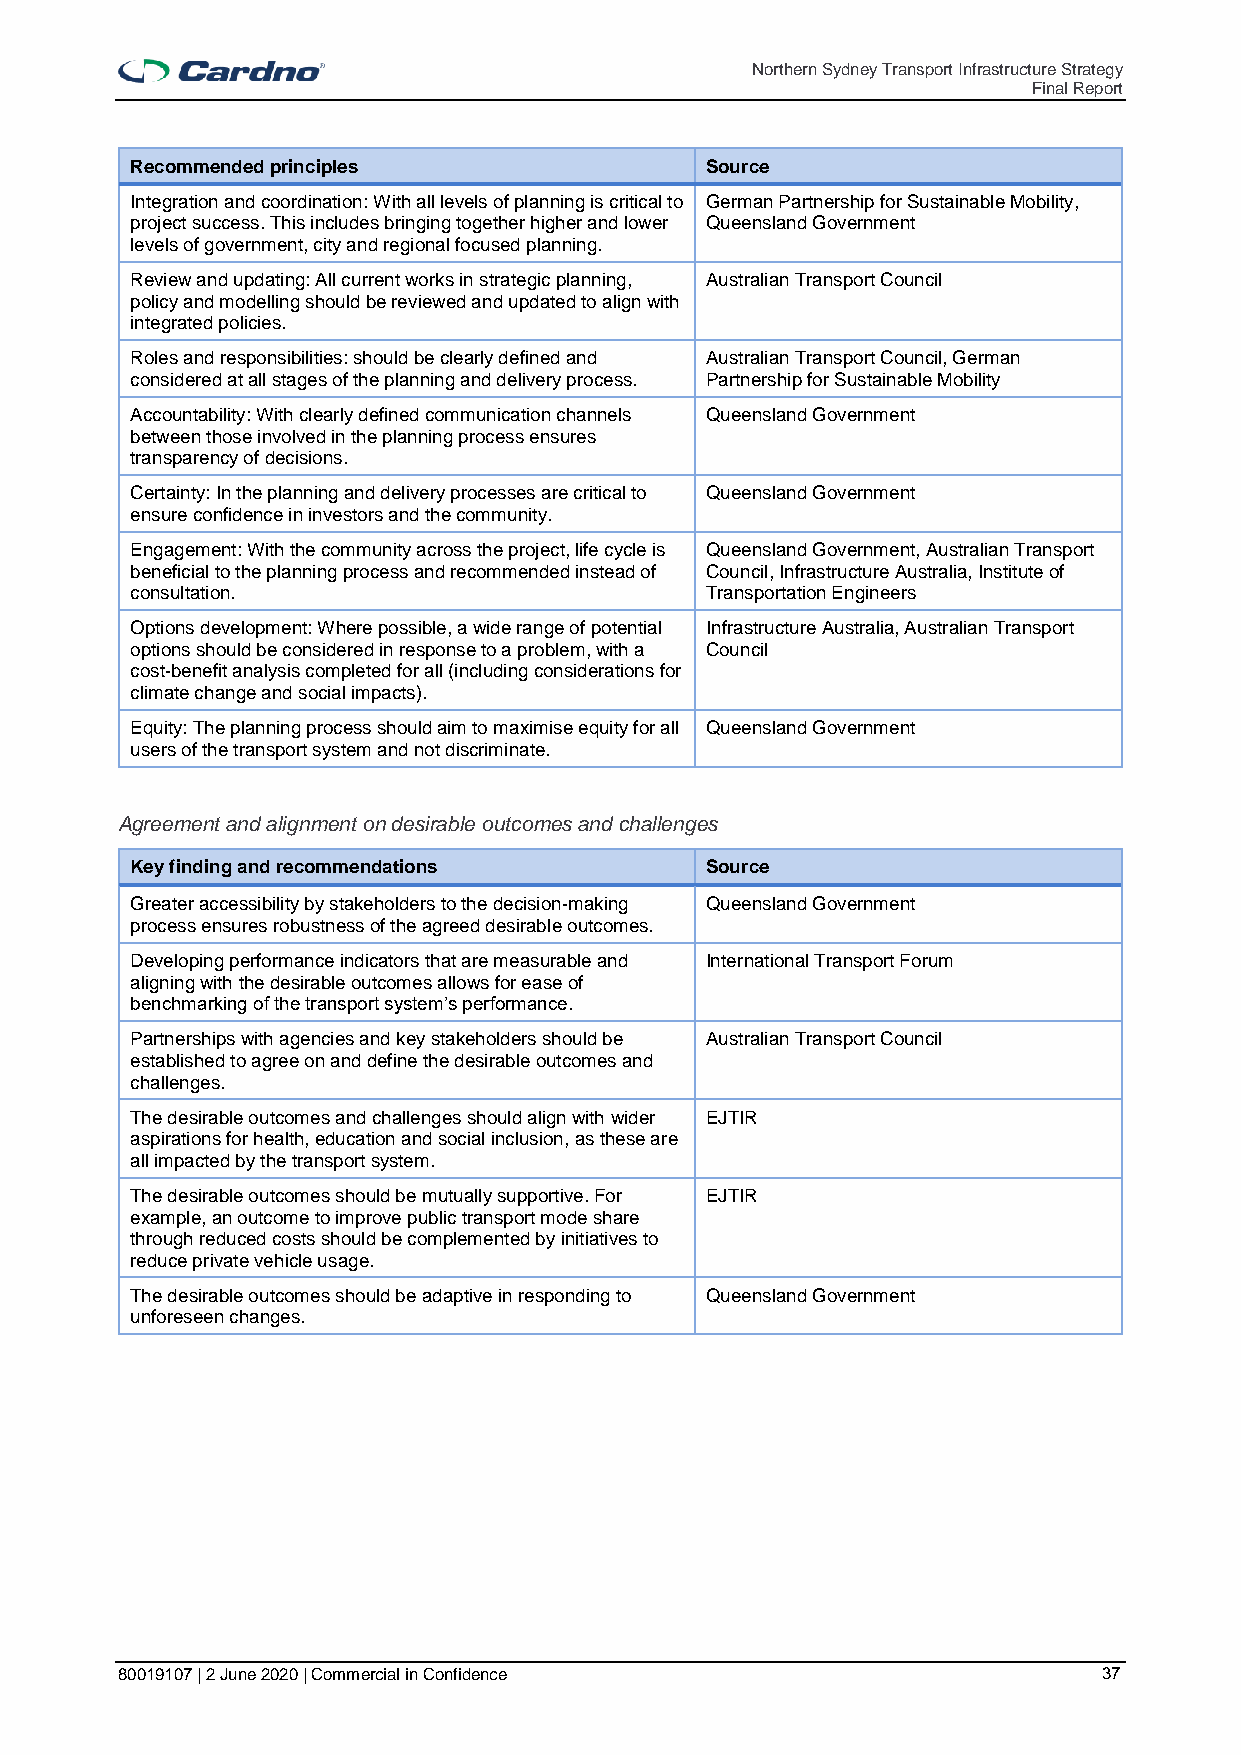
Northern Sydney Transport Infrastructure Strategy
 Final Report
 Recommended principles                Source
 Integration and coordination: With all levels of planning is critical to German Partnership for Sustainable Mobility,
 project success. This includes bringing together higher and lower Queensland Government
 levels of government, city and regional focused planning.
 Review and updating: All current works in strategic planning, Australian Transport Council
 policy and modelling should be reviewed and updated to align with
 integrated policies.
 Roles and responsibilities: should be clearly defined and Australian Transport Council, German
 considered at all stages of the planning and delivery process. Partnership for Sustainable Mobility
 Accountability: With clearly defined communication channels Queensland Government
 between those involved in the planning process ensures
 transparency of decisions.
 Certainty: In the planning and delivery processes are critical to Queensland Government
 ensure confidence in investors and the community.
 Engagement: With the community across the project, life cycle is Queensland Government, Australian Transport
 beneficial to the planning process and recommended instead of Council, Infrastructure Australia, Institute of
 consultation.                         Transportation Engineers
 Options development: Where possible, a wide range of potential Infrastructure Australia, Australian Transport
 options should be considered in response to a problem, with a Council
 cost-benefit analysis completed for all (including considerations for
 climate change and social impacts).
 Equity: The planning process should aim to maximise equity for all Queensland Government
 users of the transport system and not discriminate.
 Agreement and alignment on desirable outcomes and challenges
 Key finding and recommendations       Source
 Greater accessibility by stakeholders to the decision-making Queensland Government
 process ensures robustness of the agreed desirable outcomes.
 Developing performance indicators that are measurable and International Transport Forum
 aligning with the desirable outcomes allows for ease of
 benchmarking of the transport system’s performance.
 Partnerships with agencies and key stakeholders should be Australian Transport Council
 established to agree on and define the desirable outcomes and
 challenges.
 The desirable outcomes and challenges should align with wider EJTIR
 aspirations for health, education and social inclusion, as these are
 all impacted by the transport system.
 The desirable outcomes should be mutually supportive. For EJTIR
 example, an outcome to improve public transport mode share
 through reduced costs should be complemented by initiatives to
 reduce private vehicle usage.
 The desirable outcomes should be adaptive in responding to Queensland Government
 unforeseen changes.
 80019107 | 2 June 2020 | Commercial in Confidence                37